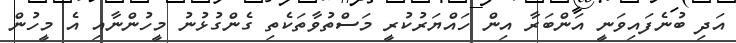
އަދި ބުނެފައިވަނީ އަންބަރާ އިން ހައްޔަރުކުރީ މަސްތުވާތަކެތި ގެންގުޅުނު މީހުންނާއި އެ މީހުން